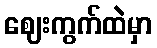
ဈေးကွက်ထဲမှာ